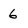
Character: 6